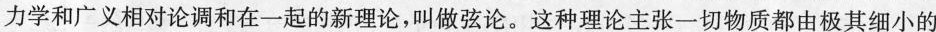
力学和广义相对论调和在一起的新理论，叫做弦论。这种理论主张一切物质都由极其细小的